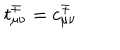
LaTeX: t _ { \mu \nu } ^ { \mp } = c _ { \mu \nu } ^ { \mp }